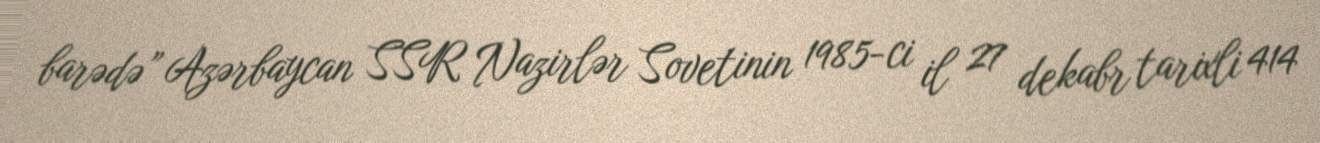
barədə” Azərbaycan SSR Nazirlər Sovetinin 1985-ci il 27 dekabr tarixli 414